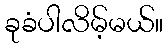
ခုခံပါလိမ့်မယ်။